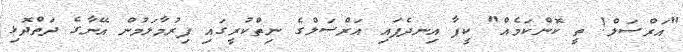
"އަރްސަލް! ތީ ކޮންކަމެއް" ކީފާ އިނދެފައި އަރްސަލްގެ ނިތްކުރީގައި ފިރުމާލަމުން އޭނާގެ ދަތްދޮޅި